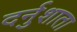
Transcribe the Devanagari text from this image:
दर्नुशाता